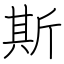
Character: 斯